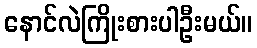
နောင်လဲကြိုးစားပါဦးမယ်။